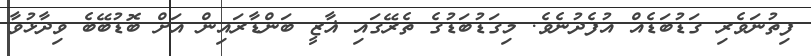
ފިތުނަވެރި ގަޑުބަޑެއް އުފެދުނެވެ. މިގަޑުބަޑުގެ ތެރޭގައި ޣާޒީ ބަންޑާރައިން އަށް ބޮޑުބޭބެ ވިދާޅުވާ